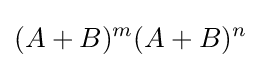
(A+B)^{m}(A+B)^{n}